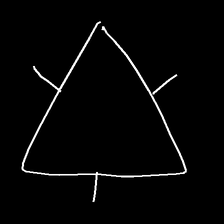
Glyph: fire